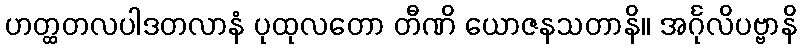
ဟတ္ထတလပါဒတလာနံ ပုထုလတော တီဏိ ယောဇနသတာနိ။ အင်္ဂုလိပဗ္ဗာနိ